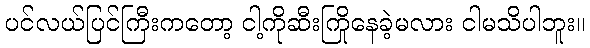
ပင်လယ်ပြင်ကြီးကတော့ ငါ့ကိုဆီးကြိုနေခဲ့မလား ငါမသိပါဘူး။